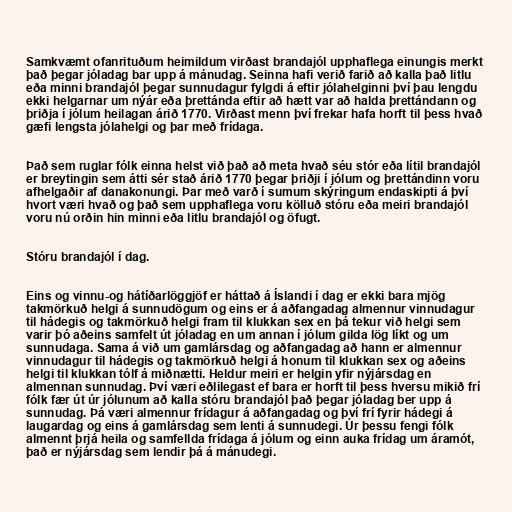
Samkvæmt ofanrituðum heimildum virðast brandajól upphaflega einungis merkt
það þegar jóladag bar upp á mánudag. Seinna hafi verið farið að kalla það litlu
eða minni brandajól þegar sunnudagur fylgdi á eftir jólahelginni því þau lengdu
ekki helgarnar um nýár eða þrettánda eftir að hætt var að halda þrettándann og
þriðja í jólum heilagan árið 1770. Virðast menn því frekar hafa horft til þess hvað
gæfi lengsta jólahelgi og þar með frídaga.

Það sem ruglar fólk einna helst við það að meta hvað séu stór eða lítil brandajól
er breytingin sem átti sér stað árið 1770 þegar þriðji í jólum og þrettándinn voru
afhelgaðir af danakonungi. Þar með varð í sumum skýringum endaskipti á því
hvort væri hvað og það sem upphaflega voru kölluð stóru eða meiri brandajól
voru nú orðin hin minni eða litlu brandajól og öfugt.

Stóru brandajól í dag.

Eins og vinnu-og hátíðarlöggjöf er háttað á Íslandi í dag er ekki bara mjög
takmörkuð helgi á sunnudögum og eins er á aðfangadag almennur vinnudagur
til hádegis og takmörkuð helgi fram til klukkan sex en þá tekur við helgi sem
varir þó aðeins samfelt út jóladag en um annan í jólum gilda lög líkt og um
sunnudaga. Sama á við um gamlársdag og aðfangadag að hann er almennur
vinnudagur til hádegis og takmörkuð helgi á honum til klukkan sex og aðeins
helgi til klukkan tólf á miðnætti. Heldur meiri er helgin yfir nýjársdag en
almennan sunnudag. Því væri eðlilegast ef bara er horft til þess hversu mikið frí
fólk fær út úr jólunum að kalla stóru brandajól það þegar jóladag ber upp á
sunnudag. Þá væri almennur frídagur á aðfangadag og því frí fyrir hádegi á
laugardag og eins á gamlársdag sem lenti á sunnudegi. Úr þessu fengi fólk
almennt þrjá heila og samfellda frídaga á jólum og einn auka frídag um áramót,
það er nýjársdag sem lendir þá á mánudegi.